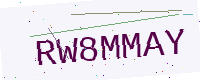
Text: RW8MMAY